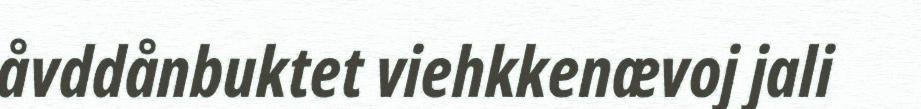
åvddånbuktet viehkkenævoj jali